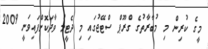
މީގެ ކުރިން މި މުބާރާތުގެ ގްރޫޕް ސްޓޭޖުގައި މި ދެޓީމު ވާދަކޮށްފައިވަނީ 2009